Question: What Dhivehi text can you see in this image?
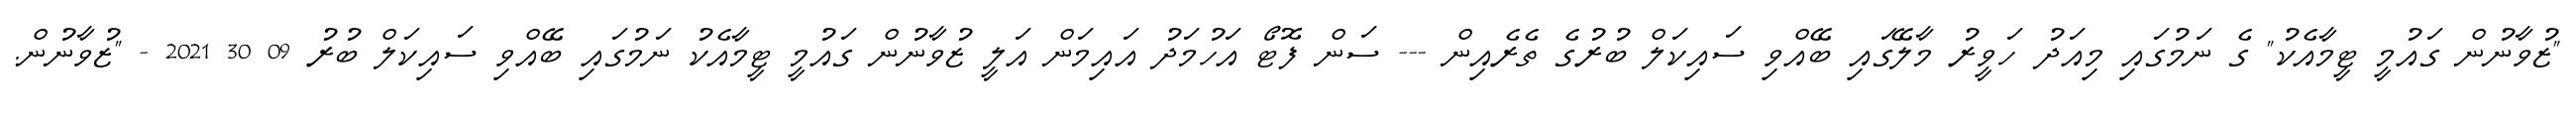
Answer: "ޒުވާނުން ގައުމީ ޓީމާއެކު" ގެ ނަމުގައި މިއަދު ހަވީރު މާލޭގައި ބޭއްވި ސައިކަލް ބުރުގެ ތެރެއިން --- ސަން ފޮޓޯ އަހުމަދު އައިމަން އަލީ ޒުވާނުން ގައުމީ ޓީމާއެކު ނަމުގައި ބޭއްވި ސައިކަލް ބުރު 09 30 2021 - "ޒުވާނުން.